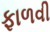
ફાળવી